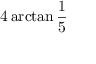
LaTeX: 4 \arctan { \frac { 1 } { 5 } }